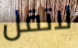
لاتقل